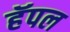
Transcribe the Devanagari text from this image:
हॅपल